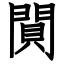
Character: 閴